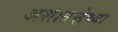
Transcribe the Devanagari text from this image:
अशातर्‍हेच्या